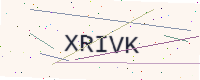
Text: XRIVK